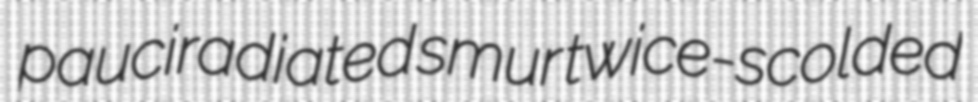
pauciradiated smur twice-scolded